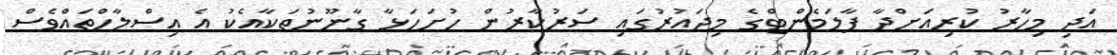
އަދި މިހާރު ކުރިއަށްދާ ޕާލަމެންޓްގެ މިދައުރުގައި ސަރުކާރުން ހުށަހަޅާ ގާނޫނުތަކާއެކު އެ އިސްލާހްތައްވެސް